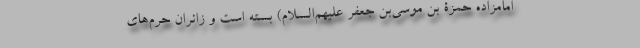
امامزاده حمزة بن موسی‌بن جعفر علیهم‌السلام) بسته است و زائران حرم‌های